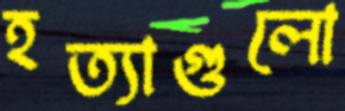
হত্যাগুলো